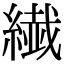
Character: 繊